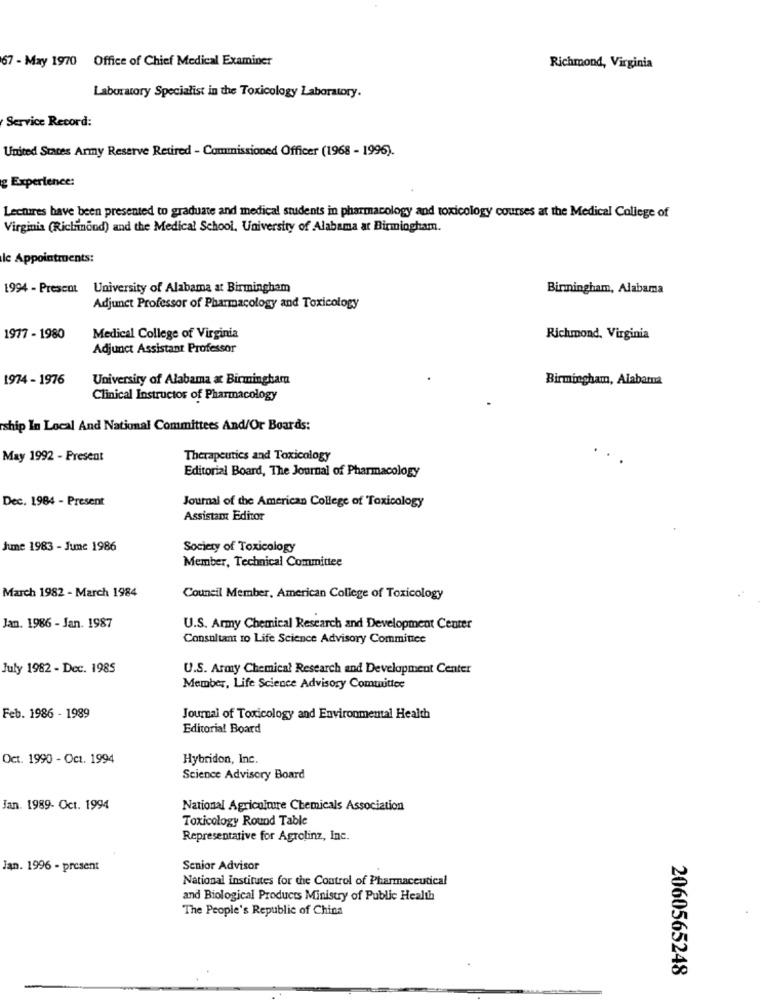
67 - May 1970 Office of Chief Medical Examiner
Richmond, Virginia
Laboratory Specialist in the Toxicology Laboratory.
Service Record:
United States Army Reserve Retired - Commissioned Officer (1968 - 1996).
Experience:
Lectures have been presented to graduate and medical students in pharmacology and toxicology courses at the Medical College of
Virginia (Richinond) and the Medical School, University of Alabama at Birmingham.
lc Appointments:
1994 - Prescot
University of Alabama at Birmingham
Birmingham, Alabama
Adjunct Professor of Pharmacology and Toxicology
1977 - 1980
Medical College of Virginia
Richmond, Virginia
Adjunct Assistant Professor
1974 - 1976
University of Alabama at Birmingham
Birmingham, Alabama
Clinical Instructor of Pharmacology
ship In Local And National Committees And/Or Boards:
May 1992 - Present
Therapeutics and Toxicology
Editorial Board, The Journal of Pharmacology
Dec. 1984 - Present
Journal of the American College of Toxicology
Assistant Editor
June 1983 - June 1986
Society of Toxicology
Member, Technical Committee
March 1982 - March 1984
Council Member, American College of Toxicology
Jan. 1986 - Jan. 1987
U.S. Army Chemical Research and Development Center
Consultant to Life Science Advisory Commitice
July 1982 - Dec. 1985
U.S. Army Chemical Research and Development Center
Member, Life Science Advisory Committee
Feb. 1986 - 1989
Journal of Toxicology and Environmental Health
Editorial Board
Oct. 1990 - Oct. 1994
Hybridon, Inc.
Science Advisory Board
Jan. 1989- Oct. 1994
National Agriculture Chemicals Association
Toxicology Round Table
Representative for Agrolinz, Inc.
Jan. 1996 - present
Senior Advisor
National institutes for the Control of Pharmaceutical
and Biological Products Ministry of Public Health
The People's Republic of China
2060565248